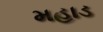
મહાડ